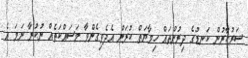
ސަރުކާރުން ކަނޑުގެ ދިރުންތައް ހިމާޔަތް ކުރަން އެދެވިގެންވާ މަސައްކަތެއް ނުކުރާ ނަމަ އެ